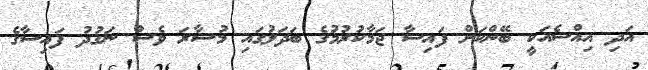
އަދި އިއްސެއަކީ ބޭންކަށް ފައިސާ ޖަމާކުރުމުގެ ބަދަލުގައި މުސާރަ ވެސް ނަގުދު ފައިސާގެ